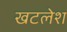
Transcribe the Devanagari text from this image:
खटलेश